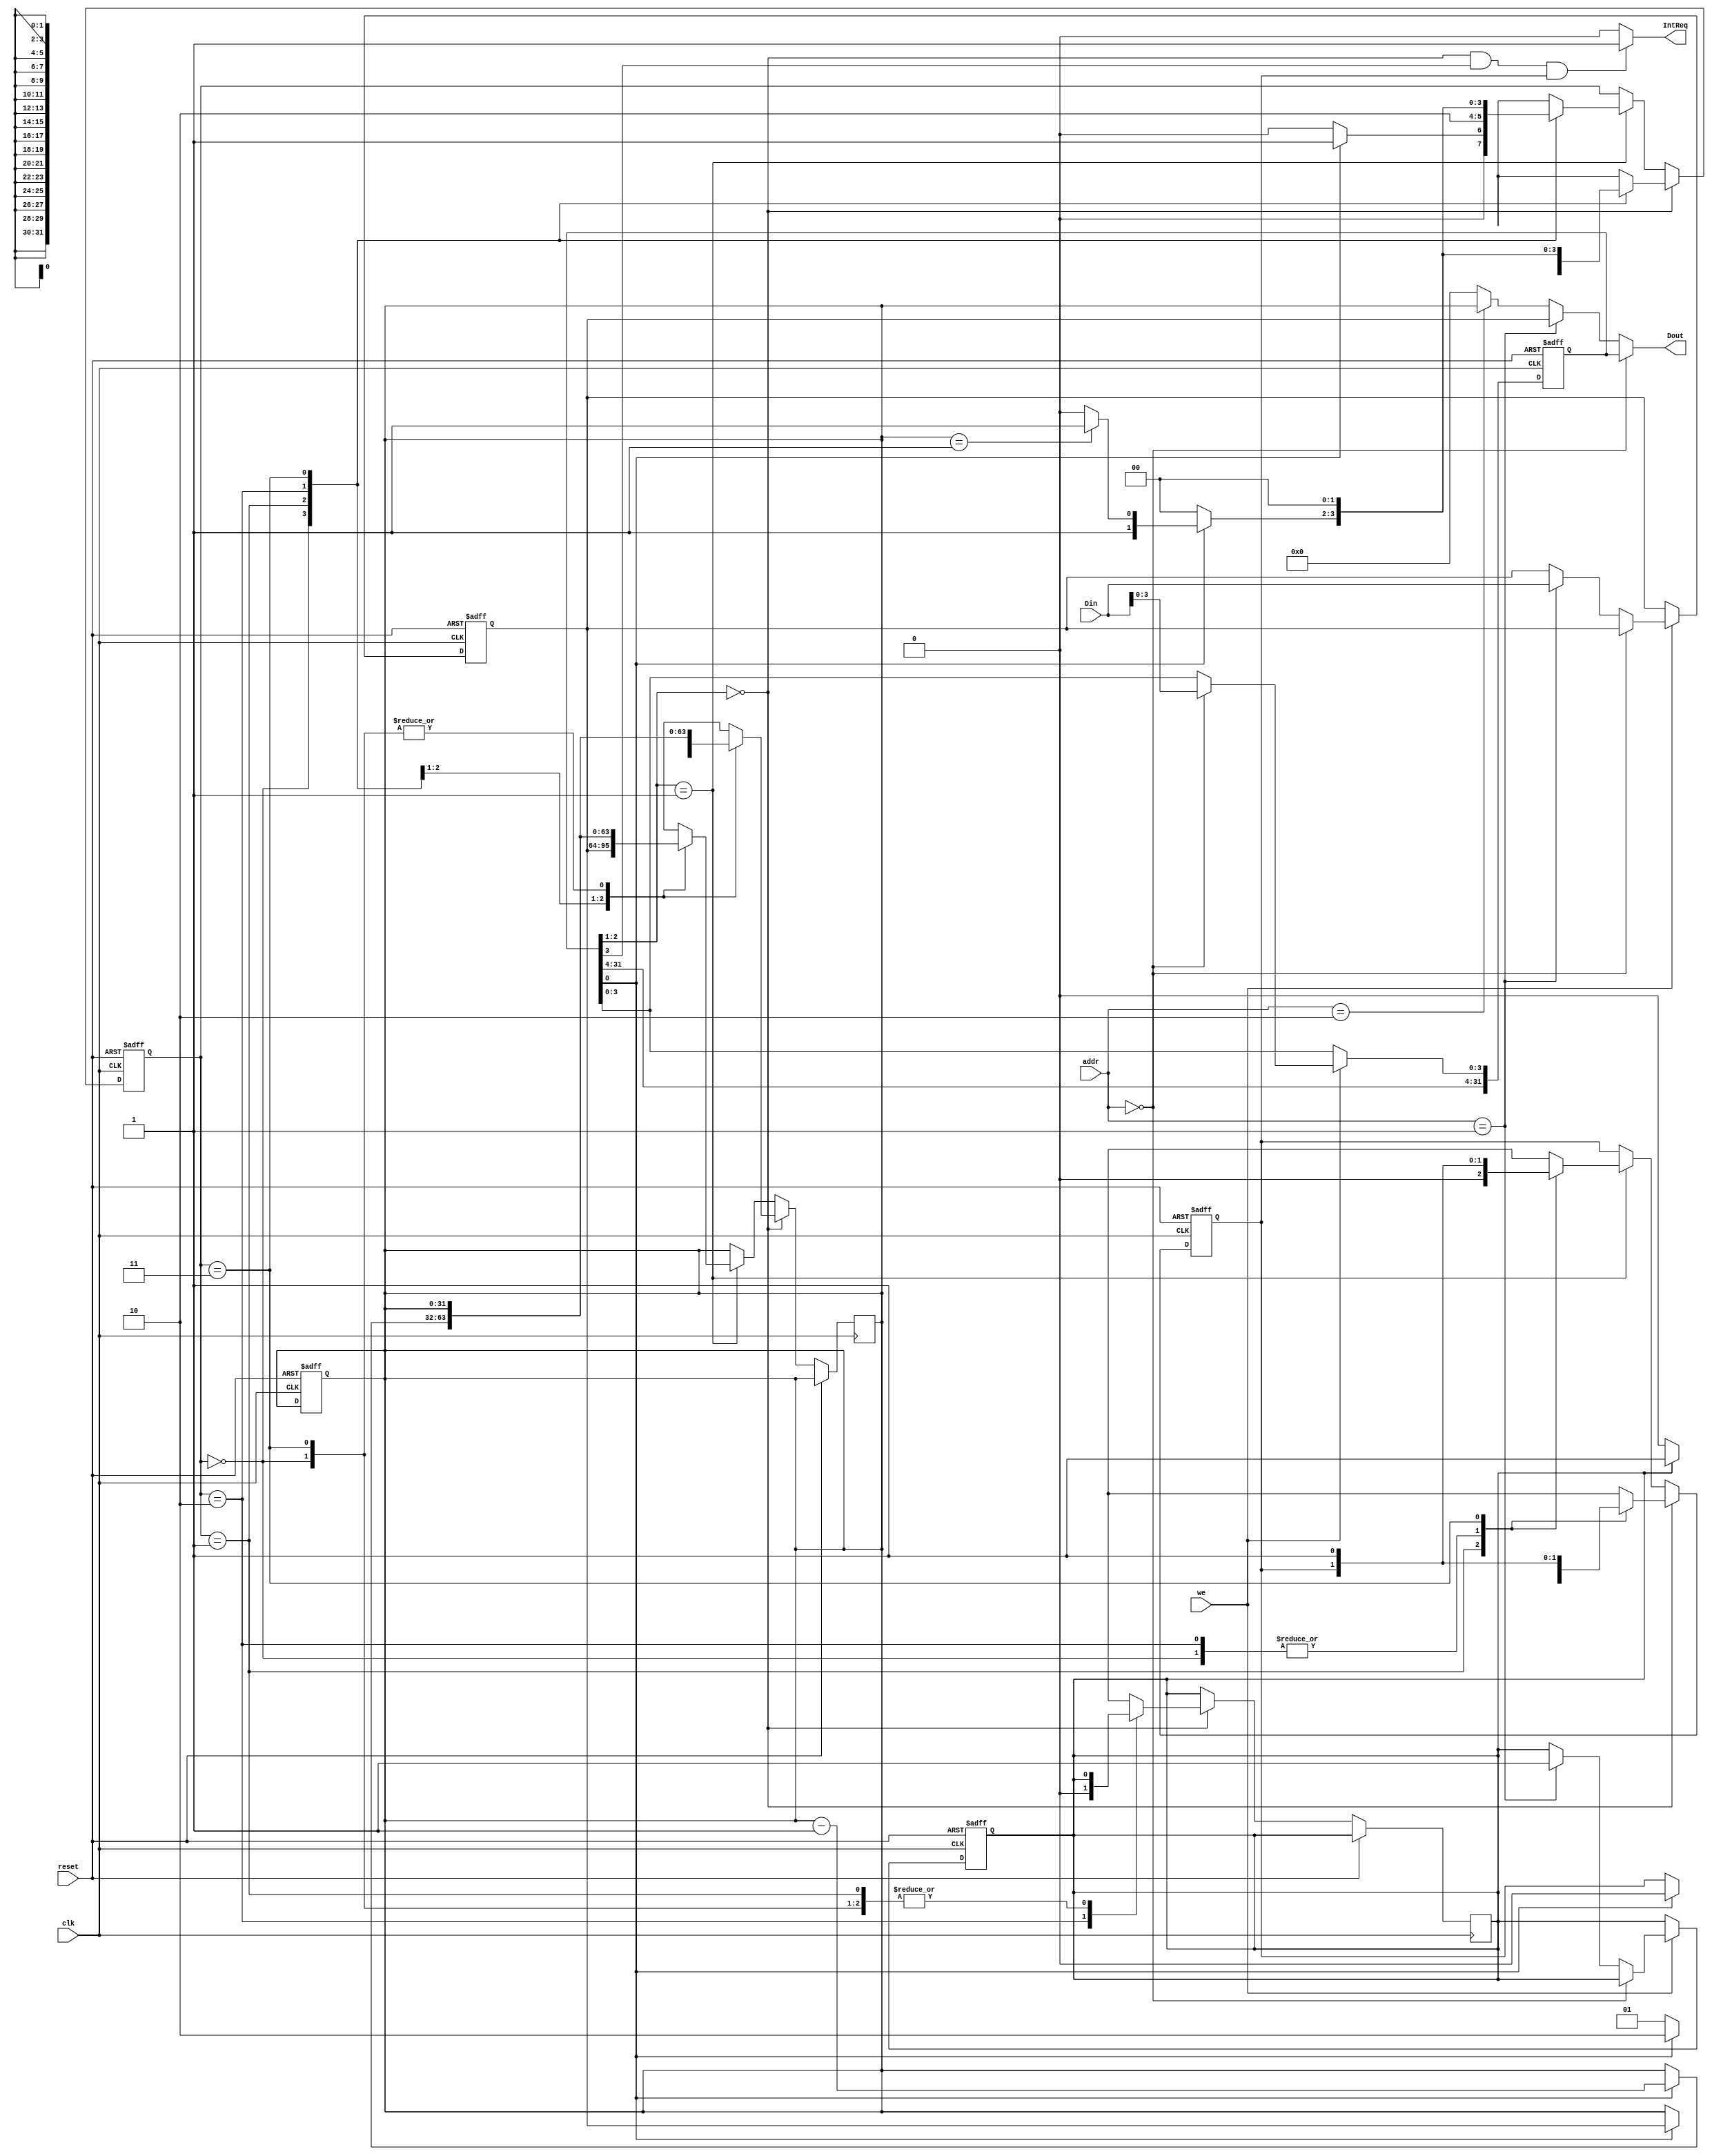
module timer_dubug(
	input clk,
	input reset,
	input [3:2] addr,
	input [31:0] Din,
	input we,
	output [31:0] Dout,
	output  IntReq
    );
	reg [31:0] ctrl,preset,count;
	
	reg [2:1] state;				/*״̬״̬*/
	
	reg Intreg;					/*жź*/
	
	reg presetwritten;				/*presetı־*/
	
	reg IntReq;
	
	parameter IDLE     =2'b00,		/*״̬Ŀܵ״̬*/
					  LOAD    =2'b01,
					  CNTING=2'b10,
					  INT        =2'b11;
	
	always @(*)
		begin
		IntReq=(ctrl[2:1]==2'b00&&ctrl[3]==1&&Intreg==1)?1:0;
		end
	//assign IntReq=(ctrl[2:1]==2'b00&&ctrl[3]==1&&Intreg==1)?1:0;
	
	assign Dout=(addr==2'b00)?ctrl:
						(addr==2'b01)?preset:
						(addr==2'b10)?count:0;
						
	always @(posedge clk or posedge reset)  	/*ctrlĴpresetĴ*/
	begin
		if(reset)
		begin
			ctrl=0;
			preset=0;
			presetwritten=0;
		end
		else if(we==1)
		begin
			if(addr==2'b00)
				ctrl[3:0]=Din[3:0];
			else if(addr==2'b01)
			begin
				preset=Din;
				presetwritten=1;
			end
		end		
	end
		
	always @(posedge clk or posedge reset)		/*countĴ*/
	begin
		if(reset)
		begin
			count<=0;
		end
	
		
	end
	
	
	
	
	always @(posedge clk or posedge reset)		/*״̬*/
	begin
		if(reset)
		begin
			Intreg<=0;
			state<=IDLE;
		end
		else 
		begin
			if(ctrl[2:1]==2'b00)					/*0ģʽ*/
			begin
				case(state)
					IDLE: 
					begin	
						if(presetwritten)
							state<=LOAD;
						else
							state<=IDLE;
					end
					LOAD:
					begin
						if(ctrl[0]==0)
							state<=LOAD;
						else
						begin
							count=preset;
							state=CNTING;
							Intreg=0;								
						end
					end
					CNTING:
					begin
						presetwritten=0;
						if(ctrl[0]==0)
							state<=IDLE;
						else
						begin
							count<=count-1;
							if(count==1)
								state<=INT;
							else 
								state<=CNTING;
						end
					end
					INT:
					begin
						Intreg=1;
						state=IDLE;
					end
				endcase
			end
			else if(ctrl[2:1]==2'b01)				/*1ģʽ*/
			begin
				case(state)
					IDLE: 
					begin
						if(ctrl[0]==0)
							state<=IDLE;
						else
							state<=LOAD;
					end
					LOAD:
					begin
						count=preset;
						Intreg=0;
						state=CNTING;
					end
					CNTING:
					begin
						if(ctrl[0]==0)
							state<=IDLE;
						else
						begin
							count<=count-1;
							if(count==1)
								state<=INT;
							else 
								state<=CNTING;
						end
					end
					INT:
					begin
						Intreg=1;
						state=IDLE;
					end
				endcase
			end
		end
		
		
	end
	
	
	
	
	
	

	
	
	
	
	
	
	
endmodule